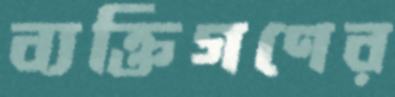
ব্যক্তিগণের